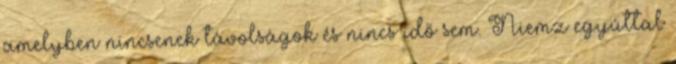
amelyben nincsenek távolságok és nincs idő sem. Niemz egyúttal